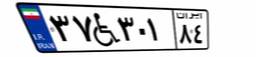
۳۷W۳۰۱۸۴